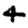
Digit: 4